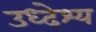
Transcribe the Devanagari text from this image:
उध्देश्य